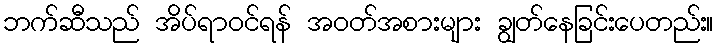
ဘက်ဆီသည် အိပ်ရာဝင်ရန် အဝတ်အစားများ ချွတ်နေခြင်းပေတည်း။